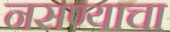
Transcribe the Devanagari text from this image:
नसण्याचा